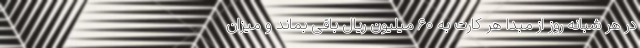
در هر شبانه‌ روز از مبدا هر کارت به ۶۰ میلیون ریال باقی بماند و میزان